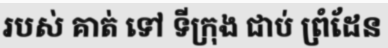
របស់ គាត់ ទៅ ទីក្រុង ជាប់ ព្រំដែន